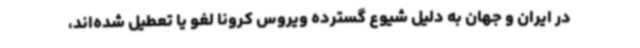
در ایران و جهان به دلیل شیوع گسترده ویروس کرونا لغو یا تعطیل شده‌اند،